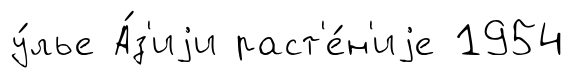
у́лье А́з'иjи раст'е́н'иjе 1954